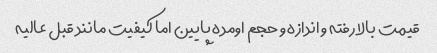
قیمت بالا رفته و اندازه و حجم اومده پایین اما کیفیت مانند قبل عالیه